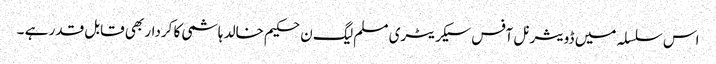
اس سلسلہ میں ڈویثرنل آفس سیکریٹری مسلم لیگ ن حکیم خالد ہاشمی کا کردار بھی قابل قدر ہے ۔